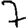
Digit: 7